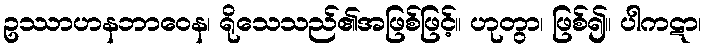
ဥဿာဟနဘာဝေန၊ ရိုသေသည်၏အဖြစ်ဖြင့်။ ဟုတွာ၊ ဖြစ်၍။ ပါကဋာ၊